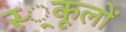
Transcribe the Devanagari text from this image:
स्‍्कूलों